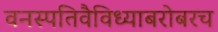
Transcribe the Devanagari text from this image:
वनस्पतिवैविध्याबरोबरच